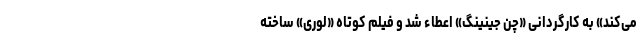
می‌کند» به کارگردانی «چن جینینگ» اعطاء شد و فیلم کوتاه «لوری» ساخته